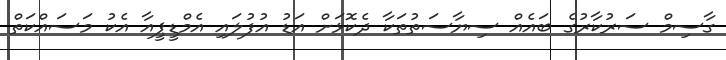
ގާސިމް ސަރުކާރުގެ ބައެއް ސިޔާސަތުތަކާ ދެކޮޅަށް އަޑު އުފުލައި އެމްޑީޕީއާ އެކު މަސައްކަތް